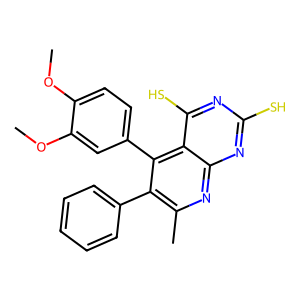
SMILES: COc1ccc(-c2c(-c3ccccc3)c(C)nc3nc(S)nc(S)c23)cc1OC
Inhibits HIV replication: No